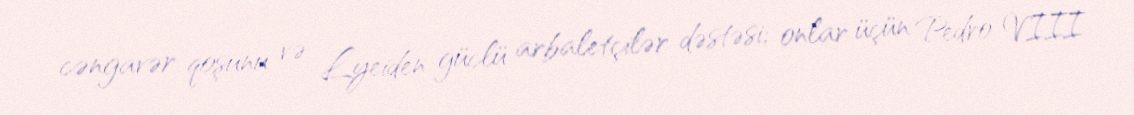
cəngavər qoşunu və Lyeiden güclü arbaletçilər dəstəsi; onlar üçün Pedro VIII